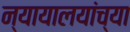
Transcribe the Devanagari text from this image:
न्यायालयांच्या